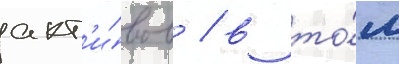
акт'и́вов / в то́м